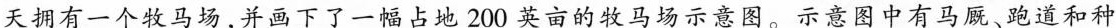
天拥有一个牧马场，并画下了一幅占地200英亩的牧马场示意图。示意图中有马厩、跑道和种